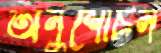
অনুশোচন